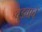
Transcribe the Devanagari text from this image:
बुडवावें